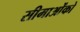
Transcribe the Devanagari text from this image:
सीमाओंको